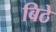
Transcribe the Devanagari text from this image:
बिठे